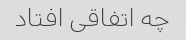
چه اتفاقی افتاد